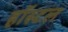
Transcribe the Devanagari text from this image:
हाॅस्टल